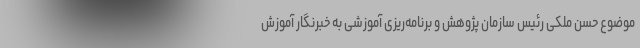
موضوع حسن ملکی رئیس سازمان پژوهش و برنامه‌ریزی آموزشی به خبرنگار آموزش